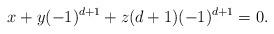
LaTeX: \begin{align*}x+y(-1)^{d+1}+z(d+1)(-1)^{d+1}=0.\end{align*}